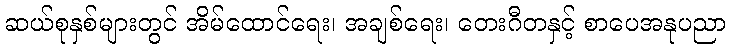
ဆယ်စုနှစ်များတွင် အိမ်ထောင်ရေး၊ အချစ်ရေး၊ တေးဂီတနှင့် စာပေအနုပညာ